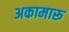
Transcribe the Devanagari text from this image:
अकामारू